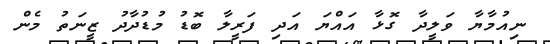
ނިއުމާޔާ ވަލީދާ ގޮޅާ އައްޔަ އަދި ފަރީލާ ބޮޑު މުޑުދާދު ޒީނަތު މެން